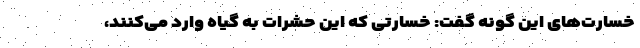
خسارت‌های این گونه گفت: خسارتی که این حشرات به گیاه وارد می‌کنند،